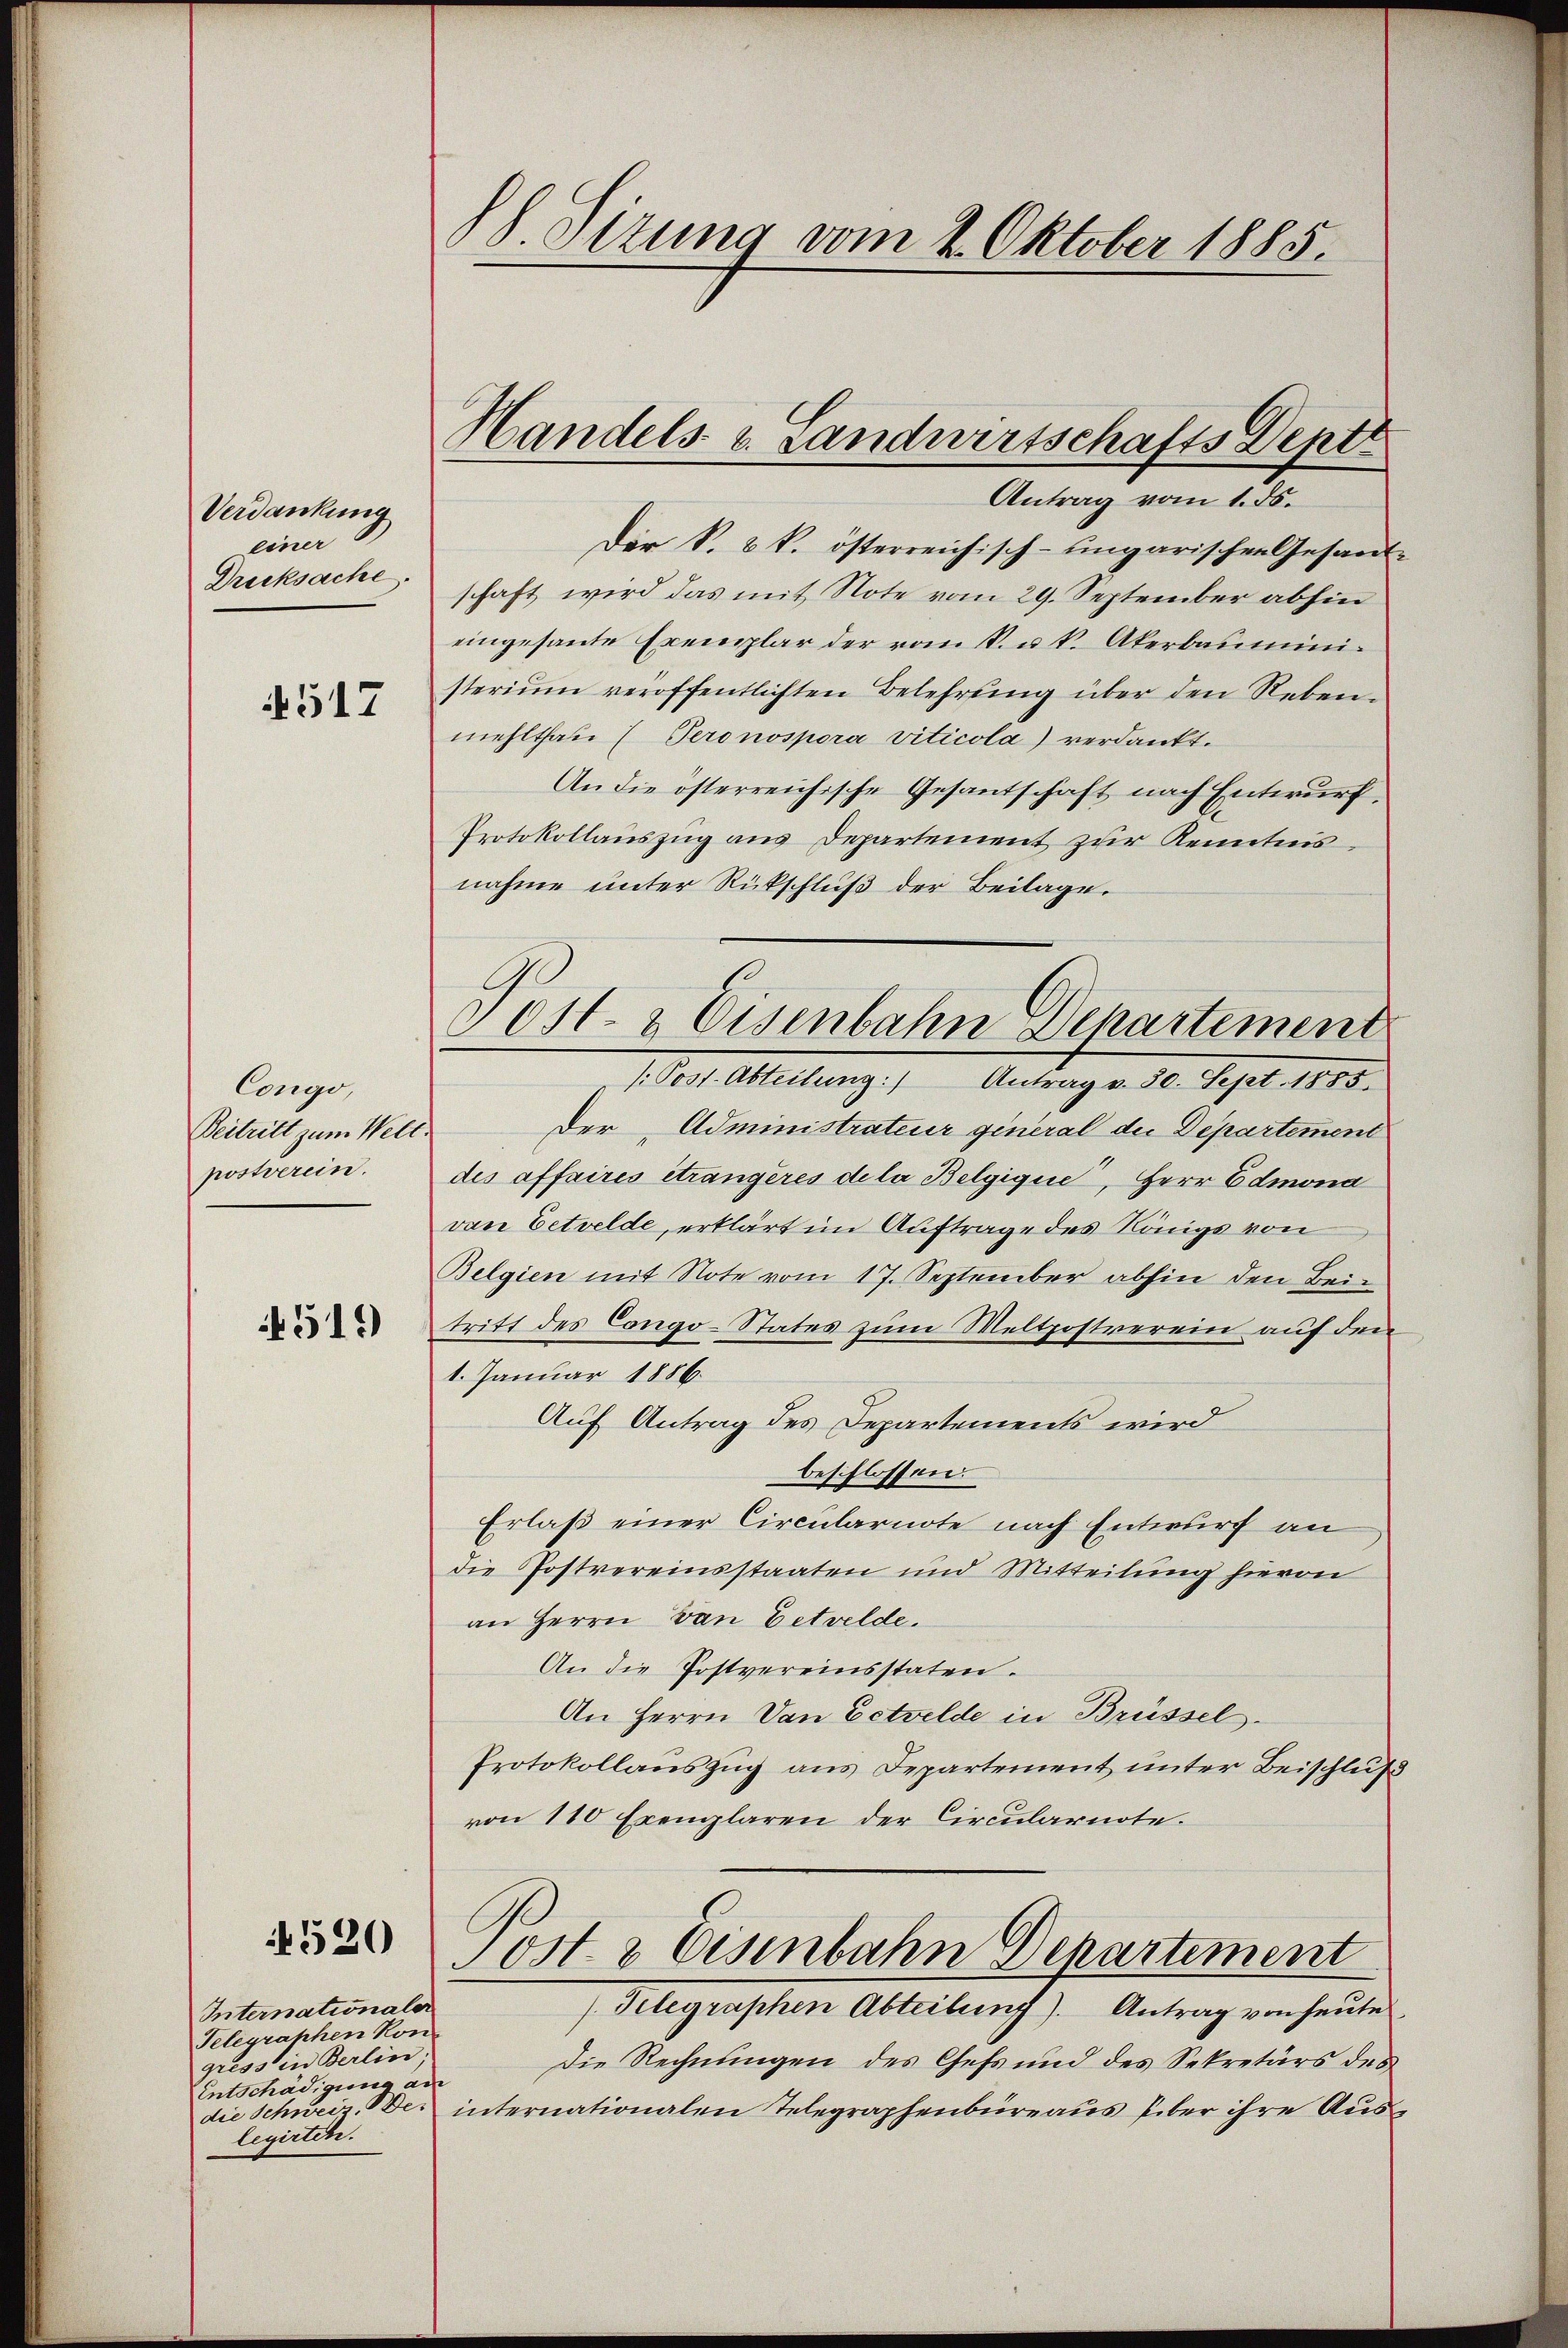
Verdankung
einer
Drucksache.

517

Congo,
Beitritt zum Welt.
postverein.

4519)

4520

Internationaler
Telegraphen Kon
gress in Berlin,
Entschädigung an
legirten.

88. Sizung vom 2. Oktober 1885.

Handels v. Landwirtschafts Dept

Antrag vom 2. ds.
Der S. 3 k. österreichisch-Eingarischen Gesandt-
schaft wird das mit Note vom 29. September abhin
eingesante Exemplar der vom V. u. k. Akerbauministerium veröffentlichten Belehrung über den Rebenmehlthan (Peronospora viticola) verdankt.
An die österreichische Gesantschaft nach Entwurf.
Protokollauszug aus Departement zur Kenntnis
nahme unter Rückschluß der Beilage.
/ Post. Abteilung: Antrag v. 30. Sept. 1885.
Der „Administrateur general die Departement
des affaires étrangères de la Belgique, Herr Edmona
von Eetvelde, erklärt im Auftrage des Königs von
Belgien mit Note vom 17. September abhin den Beitritt des Congo-States zum Weltpostrerein auf den
1. Januar 1886.
Auf Antrag des Departements wird
beschlossen:
Erlaß einer Circularnote nach Entwurf an
die Postvereinsstaaten und Mitteilung hievon
an Herrn van Betrelde.
An die Postvereinsstaten.
An Herrn Van Eetvelde in Brüssel.
Protokollauszug aus Departement unter Beischluß
von 110 Exemplaren der Circularnote.
Post- & Eisenbahn Departement
/. Gelegraphen Abteilung). Antrag von heute
Die Rechnungen des Chefs und des Sekretärs des
die Schwei Des internationalen Telegraphenbüreaus über ihre Aus¬

Post- & Eisenbahn Departement